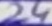
Text: 24